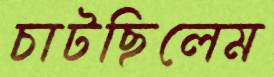
চাটছিলেম